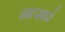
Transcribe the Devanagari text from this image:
सत्सार॔